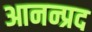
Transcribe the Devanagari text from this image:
आनन्प्रद